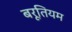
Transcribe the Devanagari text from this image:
बरूतियम